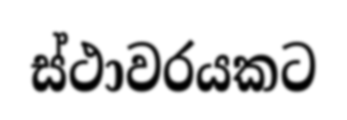
ස්ථාවරයකට